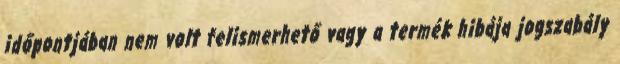
időpontjában nem volt felismerhető vagy a termék hibája jogszabály